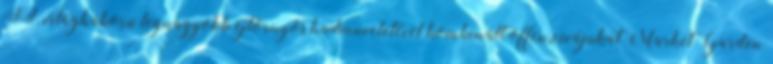
II. világháború legnagyobb ejtõrnyõs hadmûveletével kombinált offenzívájukat Market Garden